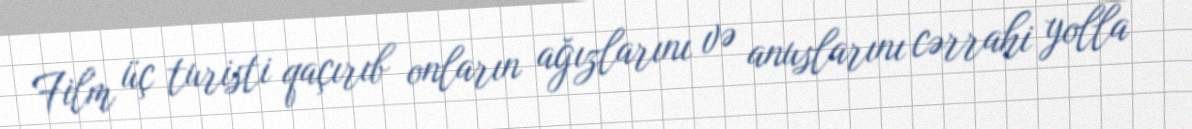
Film üç turisti qaçırıb onların ağızlarını və anuslarını cərrahi yolla